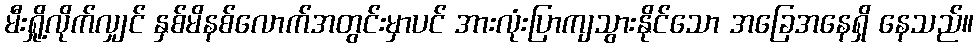
မီးရှို့လိုက်လျှင် နှစ်မိနစ်လောက်အတွင်းမှာပင် အားလုံးပြာကျသွားနိုင်သော အခြေအနေရှိ နေသည်။